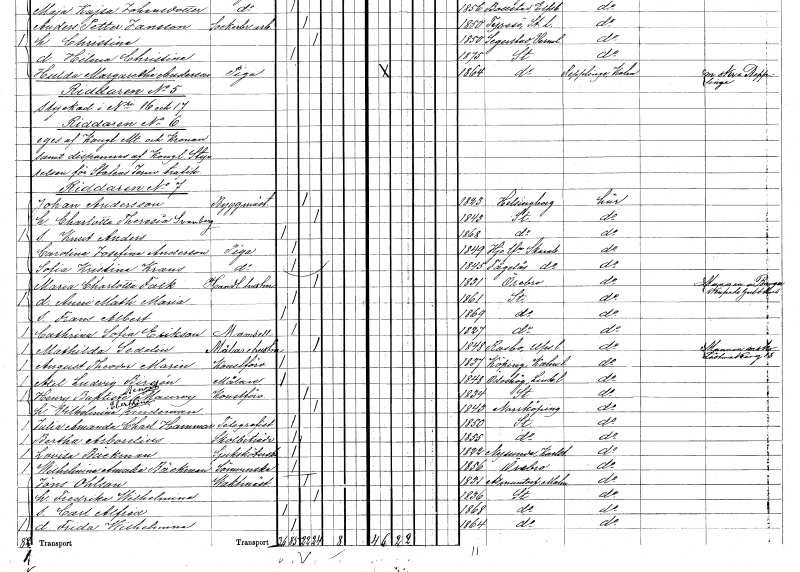
gt_parse: households: individuals: FN: Johan
EN: Andersson
YRKE: Byggmästare
KON: M
CIV: G
FODAR: 1823
FODFORS: Helsingborg Malmöhus län
FN: Charlotta Theresia
EN: Svanberg
KON: K
CIV: G
FODAR: 1843
FODFORS: Stockholm
FN: Knut Anders
KON: M
CIV: O
FODAR: 1868
FODFORS: Stockholm
FN: Carolina Josefina
EN: Anderson
YRKE: Piga
KON: K
CIV: O
FODAR: 1849
FODFORS: Hjo landsförsamling Skaraborgs län
FN: Sofia Kristina
EN: Krans
YRKE: Piga
KON: K
CIV: O
FODAR: 1845
FODFORS: Fågelås Skaraborgs län
FN: Maria Charlotta
EN: Falk
YRKE: Handlandehustru
KON: K
CIV: G
FODAR: 1831
FODFORS: Örebro Örebro län
FN: Anni Mathilda Maria
KON: K
CIV: O
FODAR: 1861
FODFORS: Stockholm
FN: Frans Albert
KON: M
CIV: O
FODAR: 1869
FODFORS: Stockholm
FN: Cathrina Sofia
EN: Erikson
KON: K
CIV: O
FODAR: 1827
FODFORS: Stockholm
FN: Mathilda
EN: Sedelin
YRKE: Målarehustru
KON: K
CIV: G
FODAR: 1848
FODFORS: Rasbo Uppsala län
FN: August Theodor
EN: Marin
YRKE: Konstförvandt
KON: M
CIV: O
FODAR: 1837
FODFORS: Köping Kalmar län
FN: Axel Ludvig
EN: Birgén
YRKE: Målare
KON: M
CIV: O
FODAR: 1848
FODFORS: Ödeshög Östergötlands län
FN: Henry Baptiste Benoit
EN: Mauroy
YRKE: Konstförvandt
KON: M
CIV: G
FODAR: 1834
FODFORS: Stockholm
FN: Vilhelmina Eberthina
EN: Lindeman
KON: K
CIV: G
FODAR: 1843
FODFORS: Norrköping Östergötlands län
FN: Julia Amanda Charlotta
EN: Hammar
YRKE: Telegrafist
KON: K
CIV: O
FODAR: 1850
FODFORS: Stockholm
FN: Bertha
EN: Arborelius
YRKE: Skolbiträde
KON: K
CIV: O
FODAR: 1855
FODFORS: Stockholm
FN: Lovisa
EN: Bäckman
YRKE: Sjuksköterska
KON: K
CIV: O
FODAR: 1822
FODFORS: Nysund Örebro län
FN: Wilhelmina Amalia
EN: Bäckman
YRKE: Sömmerska
KON: K
CIV: O
FODAR: 1856
FODFORS: Örebro Örebro län
FN: Jöns
EN: Ohlson
YRKE: Vaktmästare
KON: M
CIV: G
FODAR: 1831
FODFORS: Asmundtorp Malmöhus län
FN: Fredrika Wilhelmina
KON: K
CIV: G
FODAR: 1836
FODFORS: Stockholm
FN: Carl Alfred
KON: M
CIV: O
FODAR: 1868
FODFORS: Stockholm
FN: Frida Wilhelmina
KON: K
CIV: O
FODAR: 1864
FODFORS: Stockholm